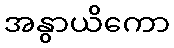
အနွာယိကော